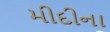
મીદીના